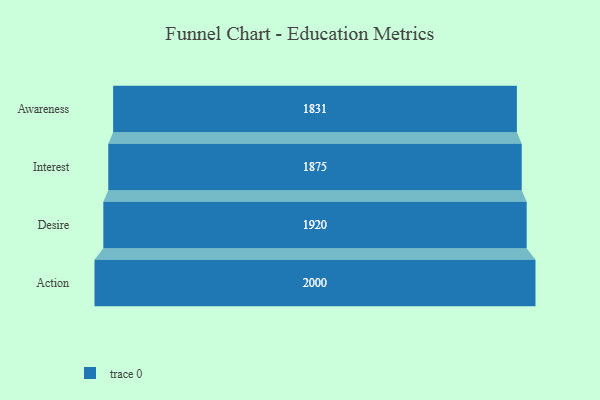
{"axis": {"x": "Stage", "y": "Value"}, "legend": [""], "data": [{"x": "Awareness", "y": 1831.0, "type": ""}, {"x": "Interest", "y": 1875.0, "type": ""}, {"x": "Desire", "y": 1920.0, "type": ""}, {"x": "Action", "y": 2000, "type": ""}]}